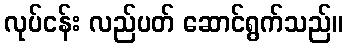
လုပ်ငန်း လည်ပတ် ဆောင်ရွက်သည်။